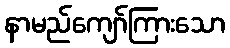
နာမည်ကျော်ကြားသော